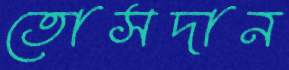
তোসদান